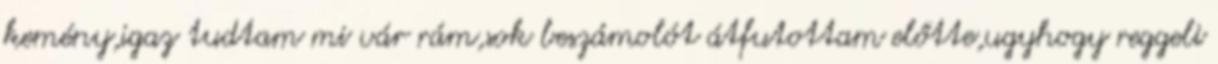
kemény,igaz tudtam mi vár rám,sok beszámolót átfutottam előtte,ugyhogy reggeli